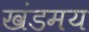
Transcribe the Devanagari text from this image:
खंडमय